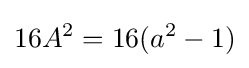
16A^{2}=16(a^{2}-1)